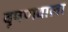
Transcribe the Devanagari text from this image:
वृषणवाला